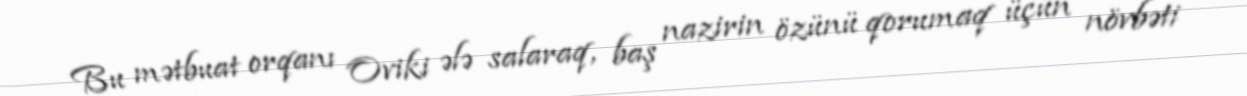
Bu mətbuat orqanı Oviki ələ salaraq, baş nazirin özünü qorumaq üçün növbəti